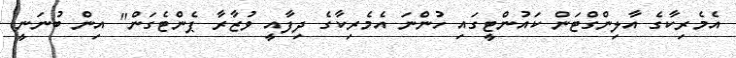
އެމެރިކާގެ އާލިންގްޓަން ކައުންޓީގައި ހުންނަ އެމެރިކާގެ ދިފާއީ ވުޒާރާ ޕެންޓެގަން" އިން ބުނަނީ